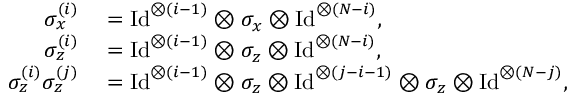
\begin{array} { r l } { \sigma _ { x } ^ { ( i ) } } & { { } = \mathrm { I d } ^ { \otimes ( i - 1 ) } \otimes \sigma _ { x } \otimes \mathrm { I d } ^ { \otimes ( N - i ) } , } \\ { \sigma _ { z } ^ { ( i ) } } & { { } = \mathrm { I d } ^ { \otimes ( i - 1 ) } \otimes \sigma _ { z } \otimes \mathrm { I d } ^ { \otimes ( N - i ) } , } \\ { \sigma _ { z } ^ { ( i ) } \sigma _ { z } ^ { ( j ) } } & { { } = \mathrm { I d } ^ { \otimes ( i - 1 ) } \otimes \sigma _ { z } \otimes \mathrm { I d } ^ { \otimes ( j - i - 1 ) } \otimes \sigma _ { z } \otimes \mathrm { I d } ^ { \otimes ( N - j ) } , } \end{array}